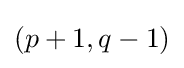
(p+1,q-1)